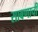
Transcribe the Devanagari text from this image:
साबणाची